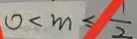
0 < m \leq \frac { 1 } { 2 }